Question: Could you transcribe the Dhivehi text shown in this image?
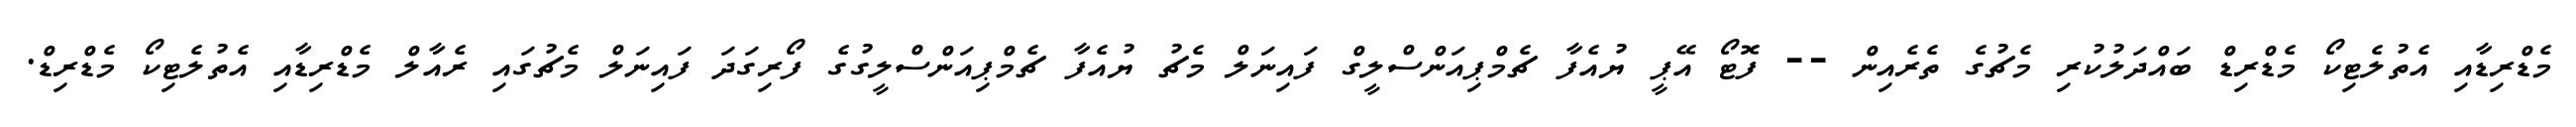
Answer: މެޑްރިޑާއި އެތުލެޓިކޯ މެޑްރިޑް ބައްދަލުކުރި މެޗުގެ ތެރެއިން -- ފޮޓޯ އޭޕީ ޔުއެފާ ޗެމްޕިއަންސްލީގް ފައިނަލް މެޗު ޔުއެފާ ޗެމްޕިއަންސްލީގުގެ ފޯރިގަދަ ފައިނަލް މެޗުގައި ރެއާލް މެޑްރިޑާއި އެތުލެޓިކޯ މެޑްރިޑް.